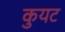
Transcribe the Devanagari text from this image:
कुयट